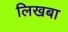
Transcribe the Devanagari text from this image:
लिखबा